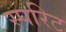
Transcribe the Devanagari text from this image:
स्परिट